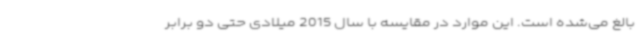
بالغ می‌شده است. این موارد در مقایسه با سال 2015 میلادی حتی دو برابر